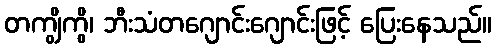
တကျွိကွိ၊ ဘီးသံတဂျောင်းဂျောင်းဖြင့် ပြေးနေသည်။